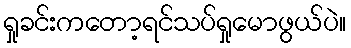
ရှုခင်းကတော့ရင်သပ်ရှုမောဖွယ်ပဲ။